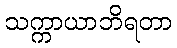
သက္ကာယာဘိရတာ